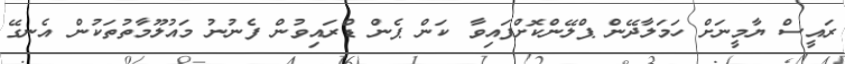
ރައީސް ޔާމީނަށް ހަމަލާދޭން ޕްލޭންކޮށްފައިވާ ކަން ޕެން ޑްރައިވުން ފެނުނު މައުލޫމާތުތަކުން އެނގޭ